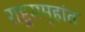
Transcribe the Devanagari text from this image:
राष्ट्रसमूहांत